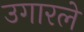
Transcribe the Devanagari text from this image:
उगारले